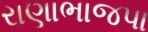
રાણાભાજપા